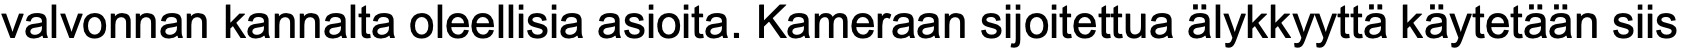
valvonnan kannalta oleellisia asioita. Kameraan sijoitettua älykkyyttä käytetään siis